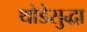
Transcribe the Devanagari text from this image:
थोडेसुद्धा